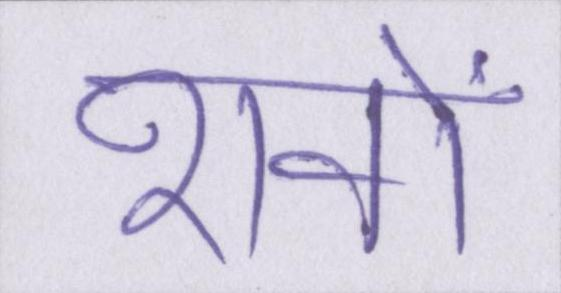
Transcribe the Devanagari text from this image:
शवों